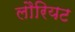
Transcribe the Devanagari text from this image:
लौरियट